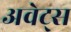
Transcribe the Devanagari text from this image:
अवेट्स